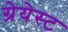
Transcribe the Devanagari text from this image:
ग्रेयेस्ट